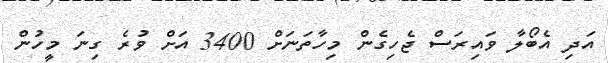
އަދި އެބޯލާ ވައިރަސް ޖެހިގެން މިހާތަނަށް 3400 އަށް ވުރެ ގިނަ މީހުން